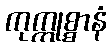
ကုက္ကုစ္စာနံ